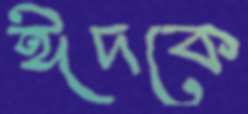
ঈদকে